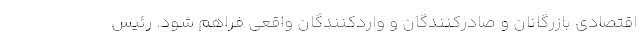
اقتصادی بازرگانان و صادرکنندگان و واردکنندگان واقعی فراهم شود. رئیس